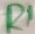
Text: R1